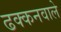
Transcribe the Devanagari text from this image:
ढक्कनवाले